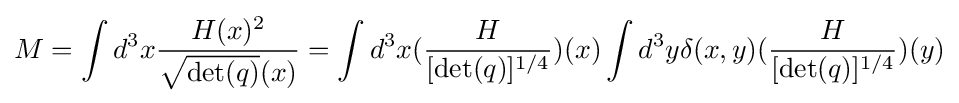
M=\int d^{3}x{H(x)^{2} \over {\sqrt {\det(q)}}(x)}=\int d^{3}x({H \over [\det(q)]^{1/4}})(x)\int d^{3}y\delta (x,y)({H \over [\det(q)]^{1/4}})(y)